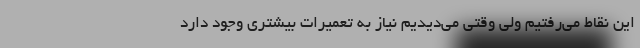
این نقاط می‌رفتیم ولی وقتی می‌دیدیم نیاز به تعمیرات بیشتری وجود دارد